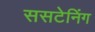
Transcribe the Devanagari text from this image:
ससटेनिंग